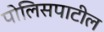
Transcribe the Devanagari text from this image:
पोलिसपाटील